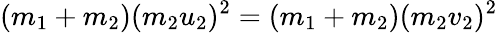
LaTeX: (m_{1}+m_{2})(m_{2}u_{2})^{2}=(m_{1}+m_{2})(m_{2}v_{2})^{2}\,